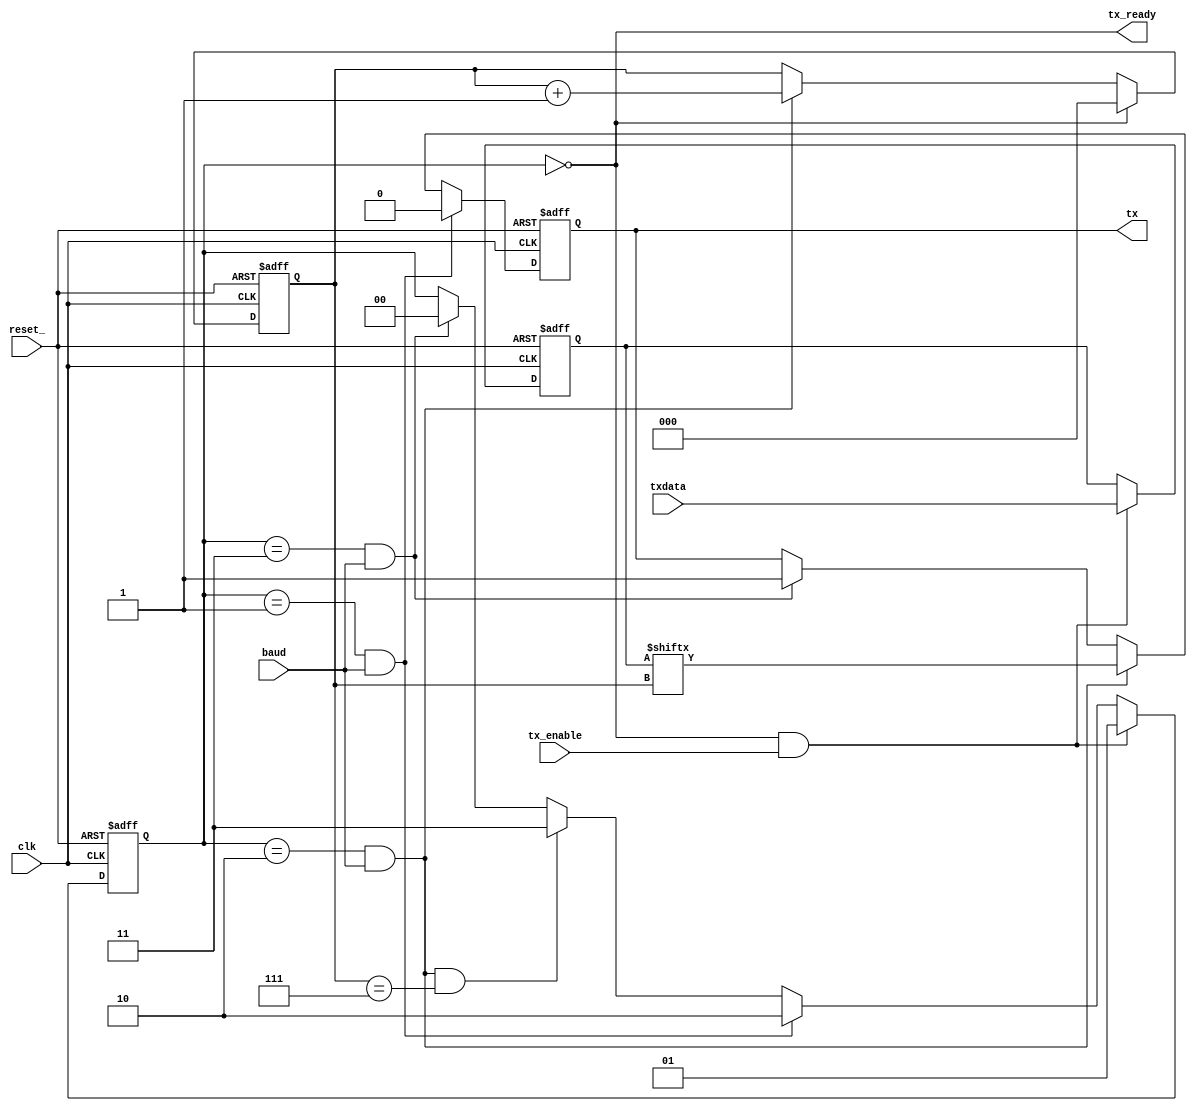
module tx_1 (
    clk,
    reset_,
    baud,
    txdata,
    tx_enable,
    tx_ready,	   
    tx);
   input       clk;
   input       reset_;    
   input       baud;       
   input [7:0] txdata;     
   input       tx_enable;  
   output      tx_ready;   
   output      tx;         
   reg 	       tx;
   reg [1:0]   state;
   reg [7:0]   txdata_sampled;
   reg [2:0]   txpos;   
   parameter ST_IDLE    = 2'd0;
   parameter ST_TXSTART = 2'd1;
   parameter ST_TXDATA  = 2'd2;
   parameter ST_TXSTOP  = 2'd3;
   assign tx_ready = state == ST_IDLE;   
   always@ (posedge clk or negedge reset_)
     if (!reset_)
       state <= ST_IDLE;
     else if (state == ST_IDLE && tx_enable)
       state <= ST_TXSTART;
     else if (state == ST_TXSTART && baud)
       state <= ST_TXDATA;
     else if (state == ST_TXDATA && baud && txpos == 3'd7)
       state <= ST_TXSTOP;
     else if (state == ST_TXSTOP && baud)
       state <= ST_IDLE;
   always@ (posedge clk or negedge reset_)
     if (!reset_)
       tx <= 1'b1;
     else if (state == ST_TXSTART && baud)
       tx <= 1'b0;
     else if (state == ST_TXDATA && baud)
       tx <= txdata_sampled[txpos];
     else if (state == ST_TXSTOP && baud)
       tx <= 1'b1;
   always@ (posedge clk or negedge reset_)
     if (!reset_)
       txpos <= 3'd0;
     else if (state == ST_IDLE)
       txpos <= 3'd0;     
     else if (state == ST_TXDATA && baud)
       txpos <= txpos + 3'd1;
   always@ (posedge clk or negedge reset_)
     if (!reset_)
       txdata_sampled <= 8'h0;
     else if (tx_enable && tx_ready)
       txdata_sampled <= txdata;
endmodule